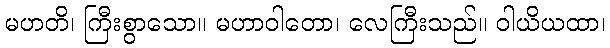
မဟတိ၊ ကြီးစွာသော။ မဟာဝါတော၊ လေကြီးသည်။ ဝါယိယထာ၊